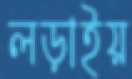
লড়াইয়